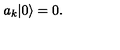
a _ { k } | 0 \rangle = 0 .